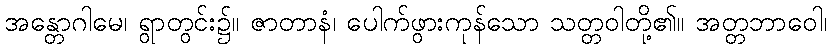
အန္တောဂါမေ၊ ရွာတွင်း၌။ ဇာတာနံ၊ ပေါက်ဖွားကုန်သော သတ္တဝါတို့၏။ အတ္တဘာဝေါ၊